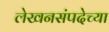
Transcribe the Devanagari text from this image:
लेखनसंपदेच्या